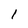
Character: l